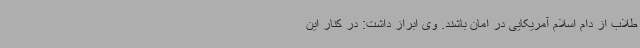
طلاب از دام اسلام آمریکایی در امان باشند. وی ابراز داشت: در کنار این